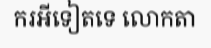
ករអីទៀតទេ លោកតា